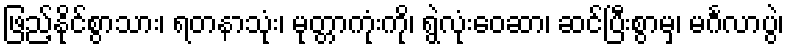
ဖြည့်နိုင်စွာသား၊ ရတနာသုံး၊ မုတ္တာကုံးကို၊ ရွဲလုံးဝေဆာ၊ ဆင်ပြီးစွာမှ၊ မင်္ဂလာပွဲ၊